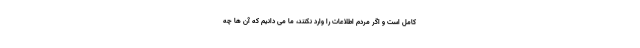
کامل است و اگر مردم اطلاعات را وارد نکنند، ما می دانیم که آن ها چه